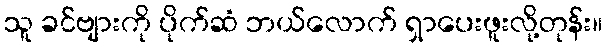
သူ ခင်ဗျားကို ပိုက်ဆံ ဘယ်လောက် ရှာပေးဖူးလို့တုန်း။